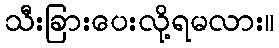
သီးခြားပေးလို့ရမလား။